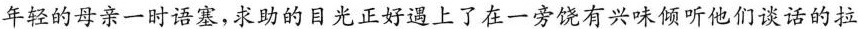
年轻的母亲一时语塞，求助的目光正好遇上了在一旁饶有兴味倾听他们谈话的拉